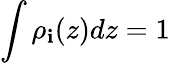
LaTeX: \int{{\rho}_{\mathbf{i}}(z)dz}=1